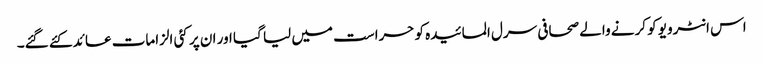
اس انٹرویو کو کرنے والے صحافی سرل المائیدہ کو حراست میں لیا گیا اور ان پر کئی الزامات عائد کئے گئے۔